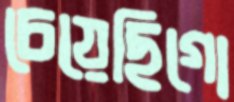
চেয়েছিগো